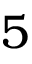
5